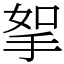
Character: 挐